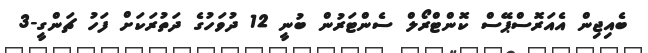
ބެއިޖިން އެއަރޮސްޕޭސް ކޮންޓްރޯލް ސެންޓަރުން ބުނީ 12 ދުވަހުގެ ދަތުރަކަށް ފަހު ޗަންގީ-3